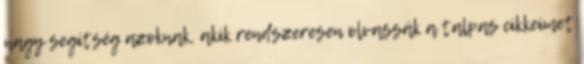
nagy segítség azoknak, akik rendszeresen olvassák a talpas cikkeimet